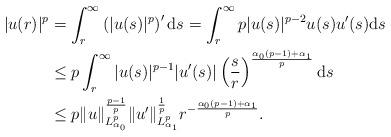
LaTeX: \begin{align*}|u(r)|^p&=\int_r^\infty\left(|u(s)|^p\right)'\mathrm ds=\int_r^\infty p|u(s)|^{p-2}u(s)u'(s)\mathrm ds\\&\leq p\int_r^\infty|u(s)|^{p-1}|u'(s)|\left(\dfrac{s}{r}\right)^{\frac{\alpha_0(p-1)+\alpha_1}{p}}\mathrm ds\\&\leq p\|u\|_{L^p_{\alpha_0}}^{\frac{p-1}{p}}\|u'\|_{L^p_{\alpha_1}}^{\frac{1}{p}}r^{-\frac{\alpha_0(p-1)+\alpha_1}{p}}.\end{align*}